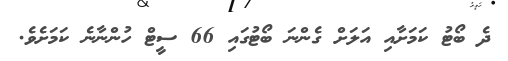
ދެ ބޯޓު ކަމަށާއި އަލަށް ގެންނަ ބޯޓުގައި 66 ސީޓް ހުންނާނެ ކަމަށެވެ.